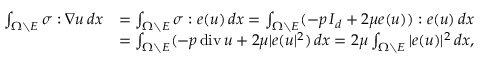
\begin{array} { r l } { \int _ { \Omega \setminus E } \sigma : \nabla u \, d x } & { = \int _ { \Omega \setminus E } \sigma : e ( u ) \, d x = \int _ { \Omega \setminus E } ( - p \, I _ { d } + 2 \mu e ( u ) ) : e ( u ) \, d x } \\ & { = \int _ { \Omega \setminus E } ( - p \, \mathrm { d i v } \, u + 2 \mu | e ( u | ^ { 2 } ) \, d x = 2 \mu \int _ { \Omega \setminus E } | e ( u ) | ^ { 2 } \, d x , } \end{array}